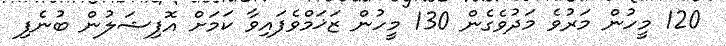
120 މީހުން މަރުވެ މަދުވެގެން 130 މީހުން ޒަޚަމްވެފައިވާ ކަމަށް އޮފިޝަލުން ބުނެފި